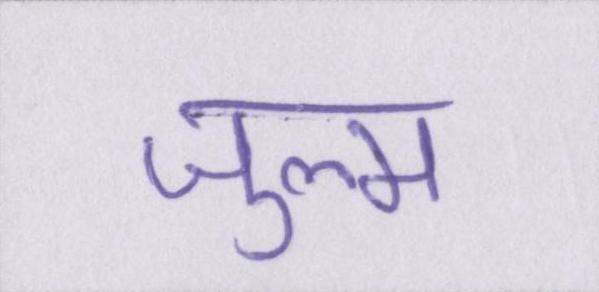
ज़ुल्म